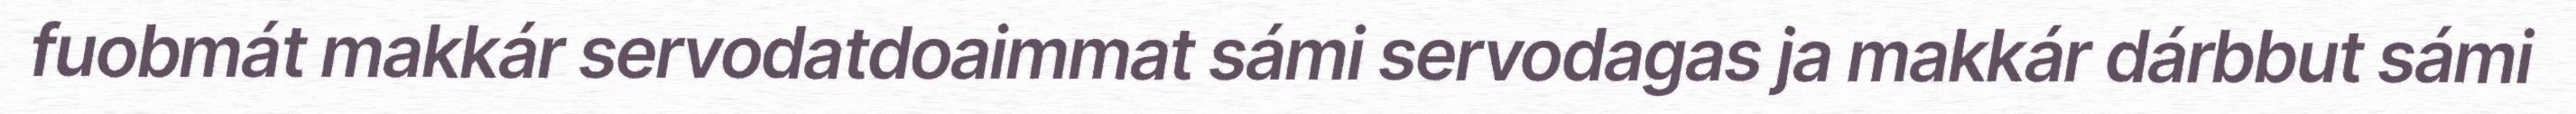
fuobmát makkár servodatdoaimmat sámi servodagas ja makkár dárbbut sámi